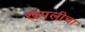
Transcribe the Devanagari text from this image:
खपलीचा